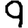
Digit: 9